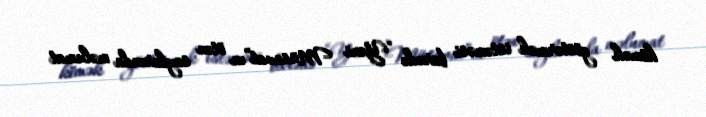
kömək göstərmək istəməsi barədə “Yeni Müsavat”ın ötən saylarında məlumat